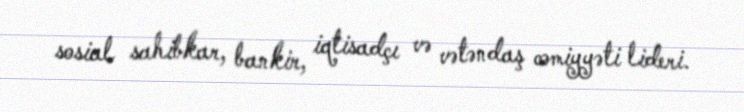
sosial sahibkar, bankir, iqtisadçı və vətəndaş cəmiyyəti lideri.